Report on horse surra - Volume I
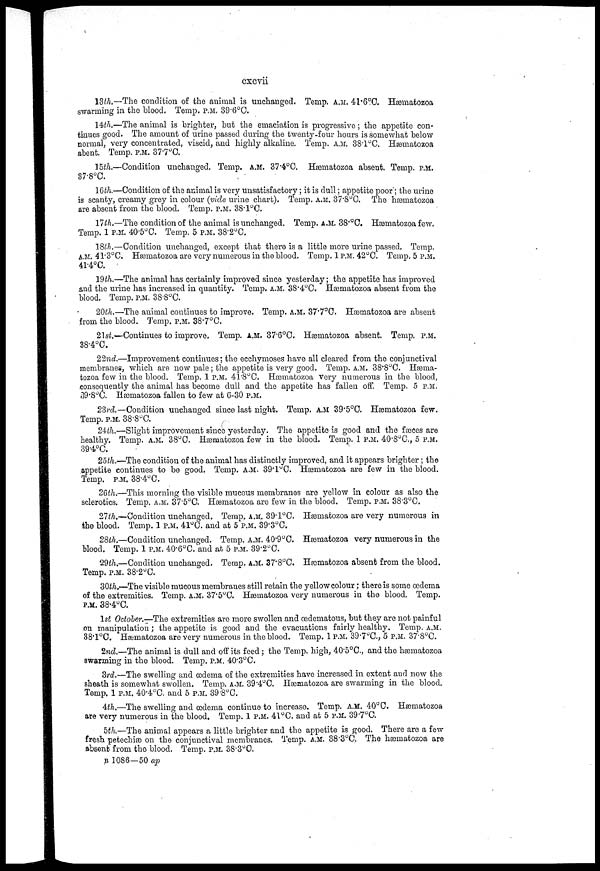
cxcvii
13th.—-The condition of the animal is unchanged. Temp. A.M. 41.6°C. Hæmatozoa
swarming in the blood. Temp. P.M. 39.6°C.
14th.—The animal is brighter, but the emaciation is progressive; the appetite con-
tinues good. The amount of urine passed during the twenty-four hours is somewhat below
normal, very concentrated, viscid, and highly alkaline. Temp. A.M. 38.1°C. Hæmatozoa
abent. Temp. P.M. 37.7°C.
15th.—Condition unchanged. Temp, A.M. 37.4°C. Hæmatozoa absent. Temp. P.M.
37.8°C.
16th.—Condition of the animal is very unsatisfactory; it is dull; appetite poor; the urine
is scanty, creamy grey in colour (vide urine chart). Temp. A.M. 37.8°C. The hæmatozoa
are absent from the blood. Temp. P.M. 38.1°C.
17th.—The condition of the animal is unchanged. Temp. A.M. 38.°C. Hæmatozoa few.
Temp. 1 P.M. 40.5°C. Temp. 5 P.M. 38.2°C.
18th.—Condition unchanged, except that there is a little more urine passed. Temp.
A.M. 41.3°C. Hæmatozoa are very numerous in the blood. Temp. 1 P.M. 42°C. Temp. 5 P.M.
41.4°c.
19th.—The animal has certainly improved since yesterday; the appetite has improved
and the urine has increased in quantity. Temp. A.M. 38.4°C. Hæmatozoa absent from the
blood. Temp. P.M. 38.8°C.
20th.—The animal continues to improve. Temp. A.M. 37.7°C. Hæmatozoa are absent
from the blood. Temp. P.M. 38.7°C.
21st.—Continues to improve. Temp. A.M. 37.6°C. Hæmatozoa absent. Temp. P.M.
38.4°C.
22nd.—Improvement continues; the ecchymoses have all cleared from the conjunctival
membranes, which are now pale; the appetite is very good. Temp. A.M. 38.8°C. Hæma-
tozoa few in the blood. Temp. 1 P.M. 41.8°C. Hæmatozoa very numerous in the blood,
consequently the animal has become dull and the appetite has fallen off. Temp. 5 P.M.
39.8°C. Hæmatozoa fallen to few at 6-30 P.M.
23rd.—Condition unchanged since last night. Temp. A.M. 39.5°C. Hæmatozoa few.
Temp. P.M. 38.8°C.
24th-Slight improvement since yesterday. The appetite is good and the fæces are
healthy. Temp. A.M. 38°C. Hæmatozoa few in the blood. Temp. 1 P.M. 40.8°C., 5 P.M.
39.4°C.
25th—The condition of the animal has distinctly improved, and it appears brighter; the
appetite continues to be good. Temp. A.M. 39.1°C. Hæmatozoa are few in the blood.
Temp. P.M. 38.4°C.
26th.—This morning the visible mucous membranes are yellow in colour as also the
sclerotics Temp. A.M. 37.5°C. Hæmatozoa are few in the blood. Temp. P.M. 38.3°C.
27th.—Condition unchanged. Temp, A.M. 39.l°C. Hæmatozoa are very numerous in
the blood. Temp. 1 P.M. 41°C. and at 5 P.M. 39.3°C.
28th.—Condition unchanged. Temp. A.M. 40.9°C. Hæmatozoa very numerous in the
blood. Temp. 1 P.M. 40.6°C. and at 5 P.M. 39.2°C.
29th.—Condition unchanged. Temp. A.M. 37.8°C. Hæmatozoa absent from the blood.
Temp. P.M. 38.2°C.
30th.—The visible mucous membranes still retain the yellow colour; there is some oedema
of the extremities. Temp, A.M. 37.5°C. Hæmatozoa very numerous in the blood. Temp.
P.M. 38.4°C.
1st October.—The extremities are more swollen and œdematous, but they are not painful
on manipulation; the appetite is good and the evacuations fairly healthy. Temp. A.M.
38.1°C. Hæmatozoa are very numerous in the blood. Temp. 1 P.M. 39.7°C., 5 P.M. 37.8°C.
2nd—The animal is dull and off its feed; the Temp, high, 40.5°C, and the hæmatozoa
swarming in the blood. Temp. P.M. 40.3°C.
3rd.—The swelling and oedema of the extremities have increased in extent and now the
sheath is somewhat swollen. Temp. A.M. 39.4°C. Hæmatozoa are swarming in the blood.
Temp. 1 P.M. 40.4°C. and 5 P.M. 39.8°C
4th—The swelling and 03dema continue to increase. Temp. A.M. 40°C. Hæmatozoa
are very numerous in the blood. Temp. 1 P.M. 41°C. and at 5 P.M. 39.7°C.
5th.—The animal appears a little brighter and the appetite is good. There are a few
fresh petechias on the conjunctival membranes. Temp. A.M. 38.3°C. The hæmatozoa are
absent from the blood. Temp. P.M. 38.3°C.
B 1086—50 ap